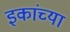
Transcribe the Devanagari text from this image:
इकांच्या